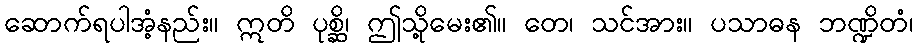
ဆောက်ရပါအံ့နည်း။ ဣတိ ပုစ္ဆိ၊ ဤသို့မေး၏။ တေ၊ သင်အား။ ပသာဓန ဘဏ္ဍိတံ၊